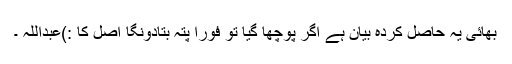
بھائی یہ حاصل کردہ بیان ہے اگر پوچھا گیا تو فوراً پتہ بتادونگا اصل کا :)عبداللہ ۔